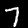
Label: 7